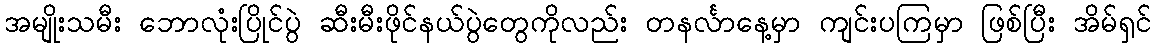
အမျိုးသမီး ဘောလုံးပြိုင်ပွဲ ဆီးမီးဖိုင်နယ်ပွဲတွေကိုလည်း တနင်္လာနေ့မှာ ကျင်းပကြမှာ ဖြစ်ပြီး အိမ်ရှင်